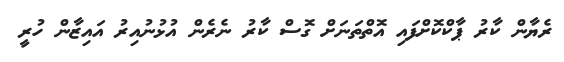
ރެޔާން ކާރު ޕާކްކޮށްފައި އޮތްތަނަށް ގޮސް ކާރު ނެރެން އުޅުނުއިރު އައިޒާން ހުރީ